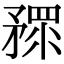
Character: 𥎅